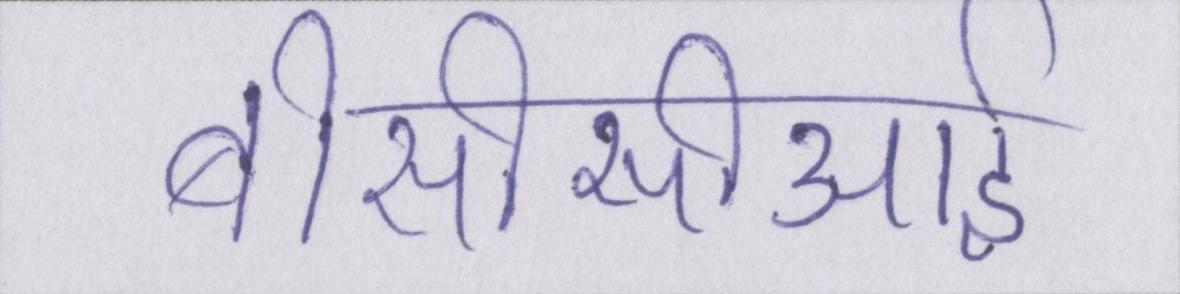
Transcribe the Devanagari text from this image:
बीसीसीआई